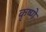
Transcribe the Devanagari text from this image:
कृष्णे